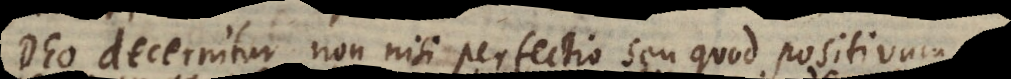
Deo decernitur non nisi perfectio seu quod positivum